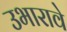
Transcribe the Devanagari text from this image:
उभारावे